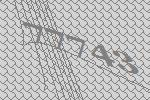
77743